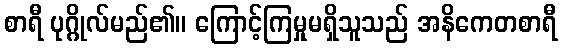
စာရီ ပုဂ္ဂိုလ်မည်၏။ ကြောင့်ကြမှုမရှိသူသည် အနိကေတစာရီ